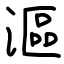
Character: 漚